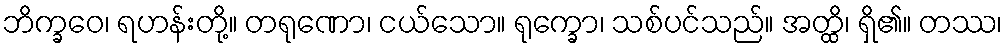
ဘိက္ခဝေ၊ ရဟန်းတို့။ တရုဏော၊ ငယ်သော။ ရုက္ခော၊ သစ်ပင်သည်။ အတ္ထိ၊ ရှိ၏။ တဿ၊